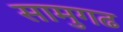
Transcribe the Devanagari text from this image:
सामुगढ